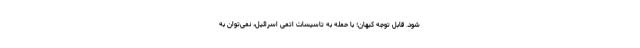
شود. قابل توجه کیهان؛ با حمله به تاسیسات اتمی اسرائیل، نمی‌توان به